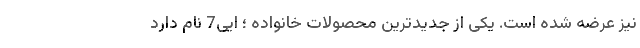
نیز عرضه شده است. یکی از جدیدترین محصولات خانواده ؛ ایی7 نام دارد